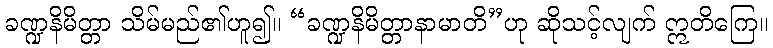
ခဏ္ဍနိမိတ္တာ သိမ်မည်၏ဟူ၍။ “ခဏ္ဍနိမိတ္တာနာမာတိ”ဟု ဆိုသင့်လျက် ဣတိကြေ။